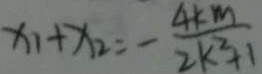
x _ { 1 } + x _ { 2 } = - \frac { 4 k m } { 2 k ^ { 2 } + 1 }